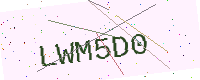
Text: LWM5D0